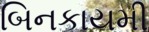
બિનકાયમી